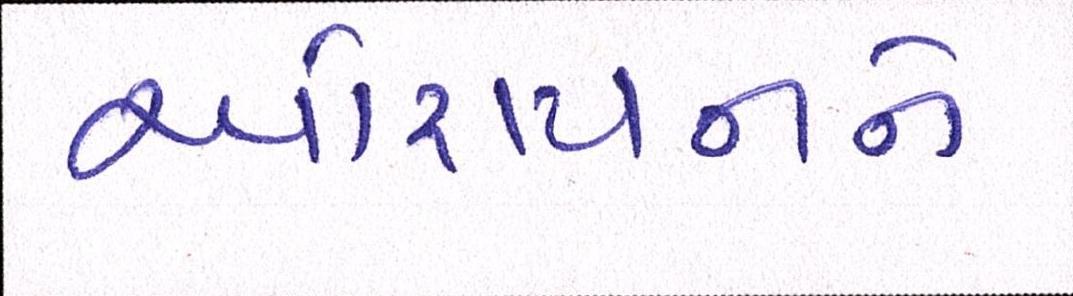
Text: ઓરાયનને